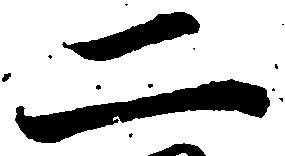
二